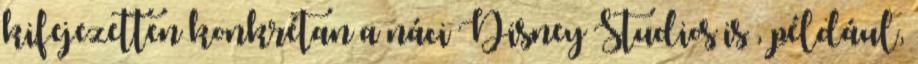
kifejezetten konkrétan a náci Disney Studios is , például,